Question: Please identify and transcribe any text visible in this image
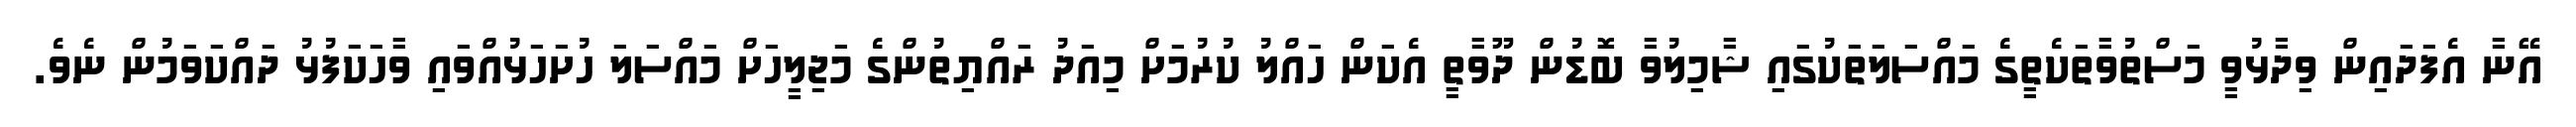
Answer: އޭނާ އެފަދައިން ވިދާޅުވީ މަސްތުވާތަކެތީގެ މައްސަލަތަކުގައި ޝާމިލުވާ ބޮޑުން ދޫވާތީ އެކަން ހައްލު ކުރުމަށް މިއަދު ރައްޔިތުންގެ މަޖިލީހަށް މައްސަލަ ހުށަހަޅުއްވައި ވާހަކަފުޅު ދައްކަވަމުން ނެވެ.